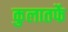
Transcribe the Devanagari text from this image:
कुलातर्फे